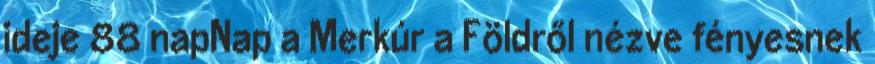
ideje 88 napNap a Merkúr a Földről nézve fényesnek